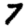
Digit: 7